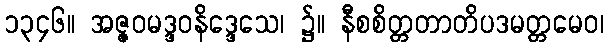
၁၃၄၆။ အဇ္ဇဝမဒ္ဒဝနိဒ္ဒေသေ၊ ၌။ နီစစိတ္တတာတိပဒမတ္တမေဝ၊